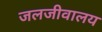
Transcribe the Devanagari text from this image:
जलजीवालय